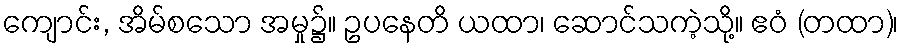
ကျောင်း, အိမ်စသော အမှု၌။ ဥပနေတိ ယထာ၊ ဆောင်သကဲ့သို့။ ဧဝံ (တထာ)၊